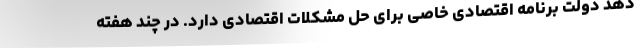
دهد دولت برنامه اقتصادی خاصی برای حل مشکلات اقتصادی دارد. در چند هفته